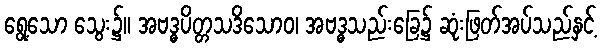
ရွေ့သော သွေး၌။ အဗဒ္ဓပိတ္တသဒိသောဝ၊ အဗဒ္ဓသည်းခြေ၌ ဆုံးဖြတ်အပ်သည်နှင့်